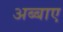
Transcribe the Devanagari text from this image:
अब्बाए